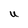
Character: U